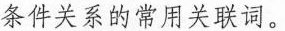
条件关系的常用关联词。